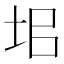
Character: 𡊊